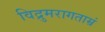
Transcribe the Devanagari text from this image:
विद्रुमरागताम्रं